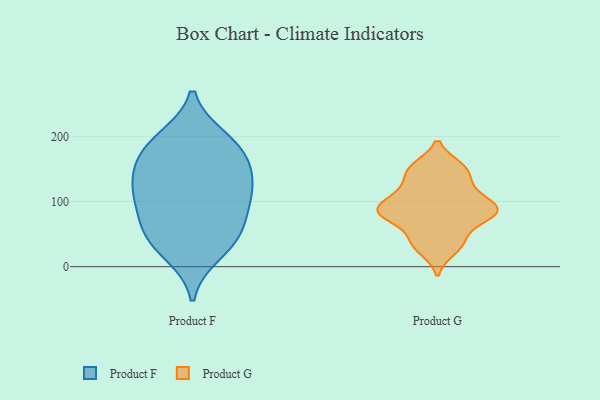
{"axis": {"x": "Humidity (%)", "y": "Value"}, "legend": ["Product F", "Product G"], "data": [{"x": "", "y": 55, "type": "Product F"}, {"x": "", "y": 103, "type": "Product F"}, {"x": "", "y": 182, "type": "Product F"}, {"x": "", "y": 47, "type": "Product F"}, {"x": "", "y": 40, "type": "Product F"}, {"x": "", "y": 21, "type": "Product F"}, {"x": "", "y": 133, "type": "Product F"}, {"x": "", "y": 152, "type": "Product F"}, {"x": "", "y": 157, "type": "Product F"}, {"x": "", "y": 196, "type": "Product F"}, {"x": "", "y": 106, "type": "Product F"}, {"x": "", "y": 120, "type": "Product F"}, {"x": "", "y": 190, "type": "Product F"}, {"x": "", "y": 83, "type": "Product F"}, {"x": "", "y": 37, "type": "Product G"}, {"x": "", "y": 77, "type": "Product G"}, {"x": "", "y": 153, "type": "Product G"}, {"x": "", "y": 85, "type": "Product G"}, {"x": "", "y": 44, "type": "Product G"}, {"x": "", "y": 112, "type": "Product G"}, {"x": "", "y": 153, "type": "Product G"}, {"x": "", "y": 142, "type": "Product G"}, {"x": "", "y": 100, "type": "Product G"}, {"x": "", "y": 81, "type": "Product G"}, {"x": "", "y": 80, "type": "Product G"}, {"x": "", "y": 26, "type": "Product G"}, {"x": "", "y": 82, "type": "Product G"}, {"x": "", "y": 124, "type": "Product G"}, {"x": "", "y": 94, "type": "Product G"}]}